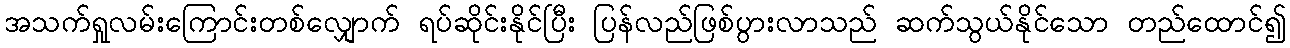
အသက်ရှုလမ်းကြောင်းတစ်လျှောက် ရပ်ဆိုင်းနိုင်ပြီး ပြန်လည်ဖြစ်ပွားလာသည် ဆက်သွယ်နိုင်သော တည်ထောင်၍